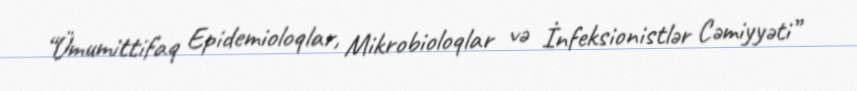
“Ümumittifaq Epidemioloqlar, Mikrobioloqlar və İnfeksionistlər Cəmiyyəti”